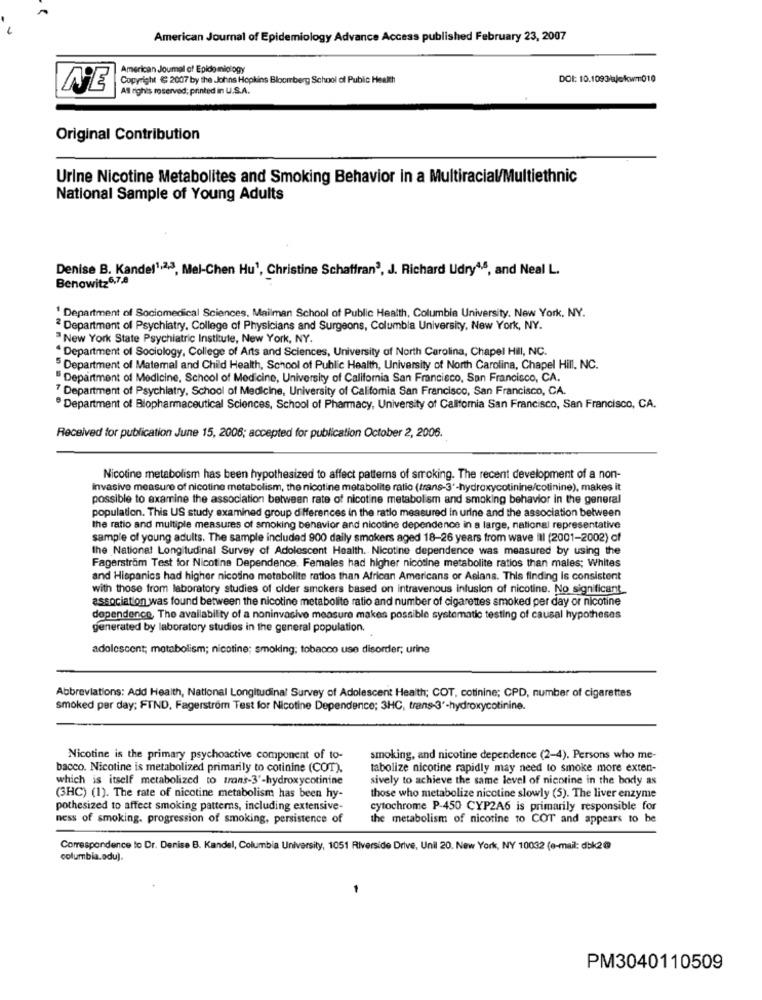
American Journal of Epidemiology Advance Access published February 23, 2007
American Journal of Epidemiology
Copyright ( 2007 by the Johns Hopkins Bloomberg School of Public Health
DOI: 10.1093/bjekwm010
NE
All rights reserved; printed in U.S.A.
Original Contribution
Urine Nicotine Metabolites and Smoking Behavior in a Multiracial/Multiethnic
National Sample of Young Adults
Denise B. Kandel1,2,3, Mel-Chen Hu1, Christine Schaffran3, J. Richard Udry4,6, and Neal L.
Benowitz6,7,8
' Department of Sociomedical Sciences, Mailman School of Public Health, Columbia University. New York, NY.
2 Department of Psychiatry, College of Physicians and Surgeons, Columbia University, New York, NY.
New York State Psychiatric Institute, New York, NY.
* Department of Sociology, College of Arts and Sciences, University of North Carolina, Chapel Hill, NC.
5 Department of Maternal and Child Health, School of Public Health, University of North Carolina, Chapel Hill, NC.
Department of Medicine, School of Medicine, University of California San Francisco, San Francisco, CA.
7 Department of Psychiatry, School of Medicine, University of California San Francisco, San Francisco, CA.
Department of Biopharmaceutical Sciences, School of Pharmacy, University of California San Francisco, San Francisco, CA.
Received for publication June 15, 2006; accepted for publication October 2, 2006.
Nicotine metabolism has been hypothesized to affect patterns of smoking. The recent development of a non-
invasive measure of nicotine metabolism, the nicotine metabolite ratio (trans-3'-hydroxycotinine/cotinine), makes it
possible to examine the association between rate of nicotine metabolism and smoking behavior in the general
population. This US study examined group differences in the ratlo measured in urine and the association between
the ratio and multiple measures of smoking behavior and nicotine dependence in a large, national representative
sample of young adults. The sample included 900 daily smokers aged 18-26 years from wave III (2001-2002) of
the National Longitudinal Survey of Adolescent Health. Nicotine dependence was measured by using the
Fagerstrom Test for Nicotine Dependence. Females had higher nicotine metabolite ratios than males; Whites
and Hispanics had higher nicotine metabolite ratlos than African Americans or Aslans. This finding is consistent
with those from laboratory studies of older smokers based on intravenous infusion of nicotine. No significant
association was found between the nicotine metabolite ratio and number of cigarettes smoked per day or nicotine
dependence, The availability of a noninvasive measure makes possible systematic testing of causal hypotheses
generated by laboratory studies in the general population.
adolescent; metabolism; nicotine; smoking; tobacco use disorder; urine
Abbreviations: Add Health, National Longitudinal Survey of Adolescent Health; COT, cotinine; CPD, number of cigarettes
smoked per day; FTND, Fagerström Test for Nicotine Dependence; 3HC, trans-3'-hydroxycotinine.
Nicotine is the primary psychoactive component of to-
smoking, and nicotine dependence (2-4). Persons who me-
bacco. Nicotine is metabolized primarily to cotinine (COT).
tabolize nicotine rapidly may need to smoke more exten-
which is itself metabolized to trans-3'-hydroxycotinine
sively to achieve the same level of nicotine in the body as
(3HC) (1). The rate of nicotine metabolism has been hy-
those who metabolize nicotine slowly (5). The liver enzyme
pothesized to affect smoking patterns, including extensive-
cytochrome P-450 CYP2A6 is primarily responsible for
ness of smoking. progression of smoking, persistence of
the metabolism of nicotine to COT and appears to be
Correspondence to Dr. Denise B. Kandel, Columbia University, 1051 Riverside Drive, Unil 20. New York, NY 10032 (e-mail: dbk2@
columbia.odu).
-
PM3040110509